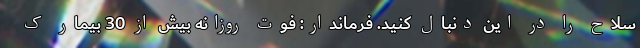
سلاح را در این دنبال کنید. فرماندار: فوت روزانه بیش از 30 بیمار ک